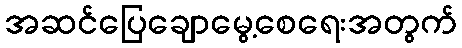
အဆင်ပြေချောမွေ့စေရေးအတွက်